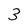
Character: 3